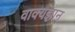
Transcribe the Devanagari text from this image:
वाक्यज्ञान